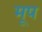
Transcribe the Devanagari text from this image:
मूप